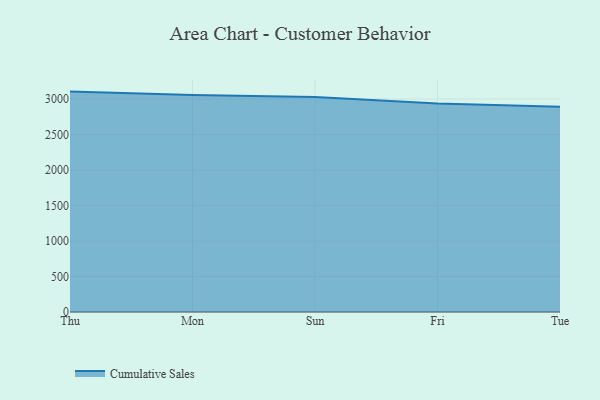
{"axis": {"x": "Day", "y": "Waste Production (Tons)"}, "legend": ["Cumulative Sales"], "data": [{"x": "Thu", "y": 3104.2, "type": "Cumulative Sales"}, {"x": "Mon", "y": 3057.8, "type": "Cumulative Sales"}, {"x": "Sun", "y": 3028.6, "type": "Cumulative Sales"}, {"x": "Fri", "y": 2935.3, "type": "Cumulative Sales"}, {"x": "Tue", "y": 2892.4, "type": "Cumulative Sales"}]}